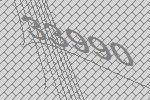
33990